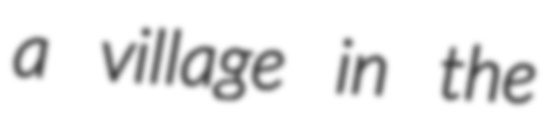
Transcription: a village in the